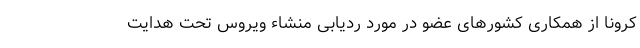
کرونا از همکاری کشور‌های عضو در مورد ردیابی منشاء ویروس تحت هدایت